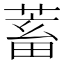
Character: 蓄